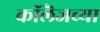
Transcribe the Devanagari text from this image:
काॅलॆजच्या